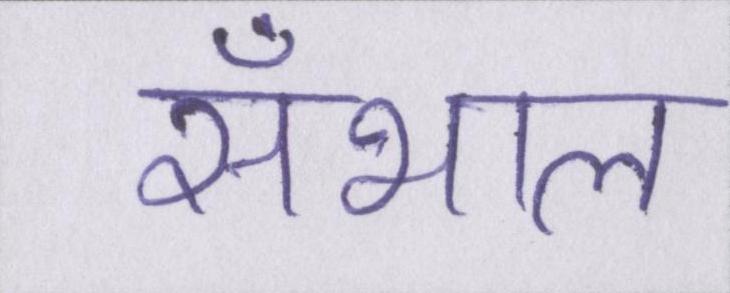
सँभाल